King Institute of Preventive Medicine Bacteriolog. Section reports 1907-08
Year: 1907
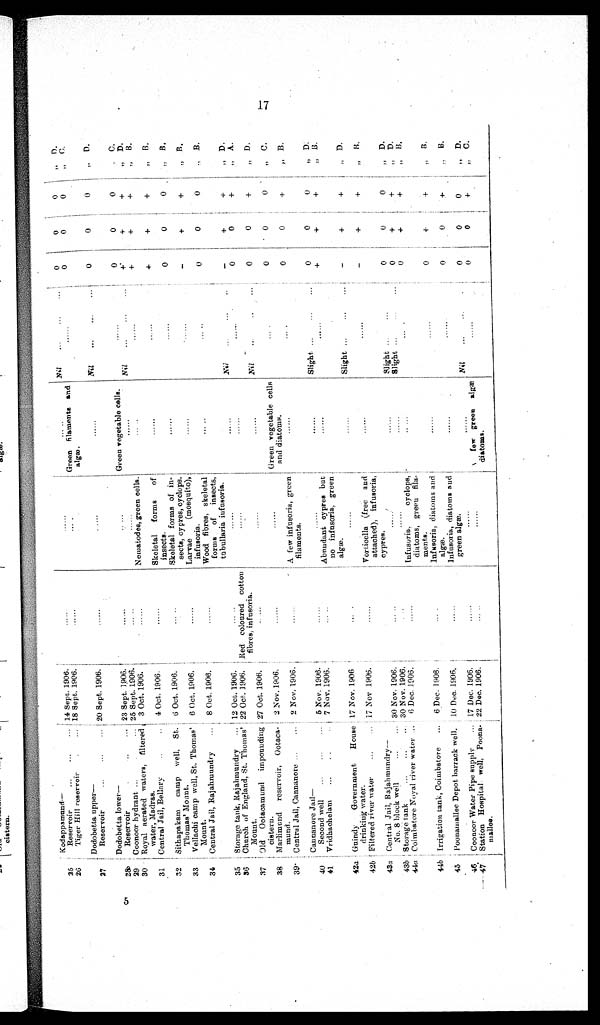
5
25 Kodappamund Reservoir
...
...
... 14 Sept. 1906.
......
..
Nil
0
0
0
, , D.
26
Tiger Hill reservoir
... 18 Sept. 1906.
......
....
Green filaments and
a l g æ .
0
0
0
C .
Dodobetta upper—
27
Reservoir
...
...
... 20 Sept. 1906.
Nil
...
0
0
0
„
D.
Dodobetta lower—
28
Reservoir
... 23 Sept. 1906.
......
Green vegetable cells.
0
0
0
„ „ C.
29 Coonoor hydrant 25 Sept. 1906.
...
Nil
...
...
...
+
+
+
„ „ D.
30 Royal aerated waters, filtered 3 Oct. 1906.
water, Madras.
......
Nematodes, green cells.
+
+
+
„ B.
31 Central Jail, Bellary
..
.. 4 Oct. 1906.
Skeletal forms
of
insects.
. . .
+
+
+
, ,
B .
32
Sithapakam camp well, St. 6 Oct. 1906.
Thomas' Mount.
... ..
Skeletal forms of in-
sects, cypres, cyclops.
0
0
0
, , B .
33
Vellachi camp well, St. Thomas' 6 Oct. 1906.
Mount.
Larvae
(mosquito),
infusoria.
.
-
+
+
, ,
B.
34 Central Jail, Rajahmundry
8 Oct. 1906.
Wood fibres, skeletal
... ..
forms of insects,
tubullaria infusoria.
... ..
0
0
0
„
B.
35
tank, Rajahmundry
... 12 Oct. 1906.
... ..
......
Storage
Nil
...
...
..
-
+
+
„ D.
36 Church of England, St. Thomas' 22 Oct. 1906.
Mount.
Red coloured cotton
fibres, infusoria.
0
0
+
, , A.
37 Old Ootacamund impounding 27 Oct. 1906.
cistern.
. . .
Nil
..
..
0
0
+
„ D.
38 Marlimund reservoir, Ootaca- 2 Nov. 1906.
mund.
......
Green vegetable cells
I
and diatoms.
0
0
0
, , C.
39 Central Jail, Cannanore ...
2 Nov. 1906.
A few infusoria, green
filaments.
... .
0
0
+
„ B.
Cannanore Jail—
40
Second well
...
... 5 Nov. 1906.
41 Vridhachelam
...
. .
.. 7 Nov. 1906.
......
... ..
Abundant cypres but
no infusoria, green
algæ.
Slight ...
0
+
0
+
0
+
,,
,
D.
B.
42a Guindy Government House 17 Nov. 1906
Slight
...
-
+
+
D.
drinking water.
42b Filtered river water
...
... 17 Nov. 1906.
43a Central Jail, Rajahmundry...
Vorticella (free and
attached), infusoria,
cypres.
-
+
+
, ,
B.
No. 8 block well
...
30 Nov. 1906.
... ..
Slight
0
0
"
D .
43b Storage tank
...
...
30 Nov. 1906.
..• •••
Slight ...
...
0
, , D..
44a Coimbatore Noyal river water
6 Dec. 1906.
I n f u s o r i a . c y c l o p s ,
diatoms, green fila-
ments.
...
0
+
+
,,
44b Irrigation tank, Coimbatore 6 Dec. 1906.
Infusoria, diatoms and
algæ.
0
+
+
B .
45 Poonamallee Depot barrack well. 10 Dec. 1906.
46 Coonoor Water Pipe supply
... 17 Dec. 1906.
Infusoria, diatoms and
......
.
green algæ.
Nil
...
0
0
1 1 7 + + + 0 0 , ,
0
0
„
B.
D.
47 Station Hospital well, Poona- 22. Dec. 1906.
mallee.
f e w
g r e e n
a l g æ
diatoms.
0
0
+
, , C.